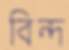
বিন্দ